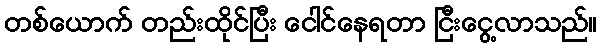
တစ်ယောက် တည်းထိုင်ပြီး ငေါင်နေရတာ ငြီးငွေ့လာသည်။